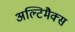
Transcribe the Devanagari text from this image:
अल्टिमैक्स